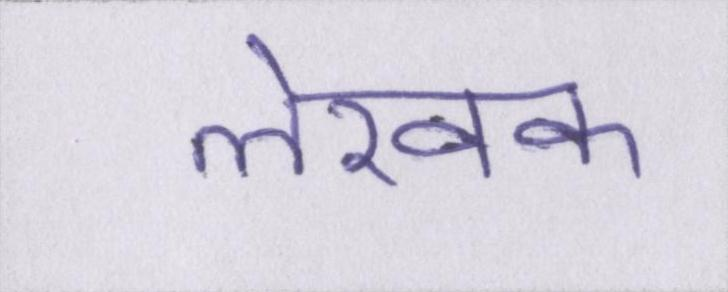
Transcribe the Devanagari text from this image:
लेखक